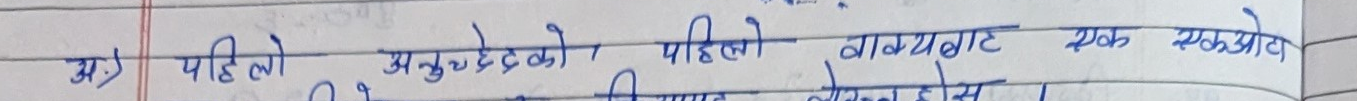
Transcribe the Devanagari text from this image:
अ.) पहिलो अनुच्छेदको पहिलो वाक्यबाट एक सानो